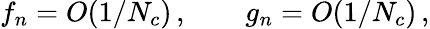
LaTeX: f_{n}=O(1/N_{c})\, ,\qquad g_{n}=O(1/N_{c})\, ,